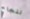
لنجاح